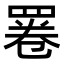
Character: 𦋓